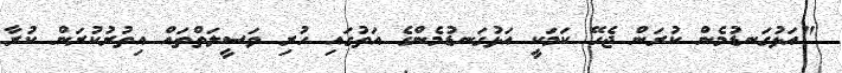
"އަޅުގަނޑުމެން ކުރަން ޖެހޭ ކަމަކީ އަޅުގަނޑުމެންގެ އަތުގައި ހުރި ވަސީލަތްތައް އިތުރުކުރަން ކުރާ